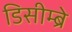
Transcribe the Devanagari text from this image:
डिसीम्ब्रे